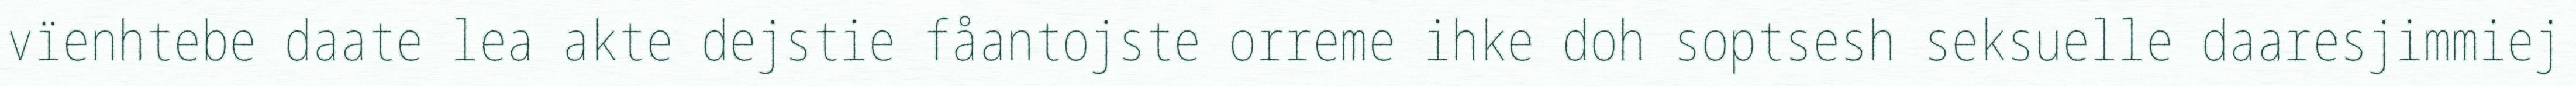
vïenhtebe daate lea akte dejstie fåantojste orreme ihke doh soptsesh seksuelle daaresjimmiej